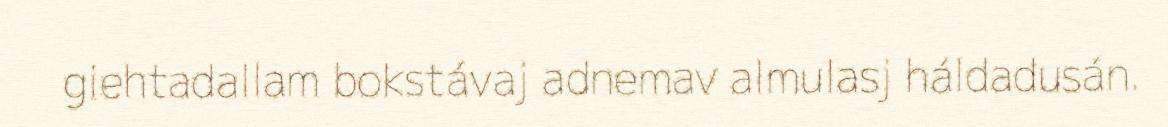
giehtadallam bokstávaj adnemav almulasj háldadusán.